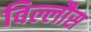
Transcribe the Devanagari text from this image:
विल्लौस